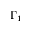
\Gamma _ { 1 }